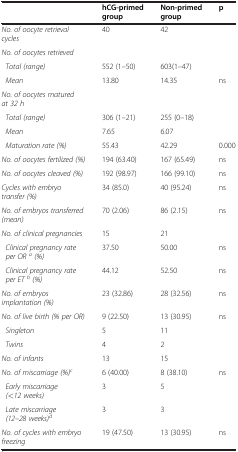
|  | hCG-primed group | Non-primed group | p |
 | --- | --- | --- | --- |
 | No. of oocyte retrieval cycles | 40 | 42 |  |
 | No. of oocytes retrieved |  |  |  |
 | Total (range) | 552 (1–50) | 603(1–47) |  |
 | Mean | 13.80 | 14.35 | ns |
 | No. of oocytes matured at 32 h |  |  |  |
 | Total (range) | 306 (1–21) | 255 (0–18) |  |
 | Mean | 7.65 | 6.07 |  |
 | Maturation rate (%) | 55.43 | 42.29 | 0.000 |
 | No. of oocytes fertilized (%) | 194 (63.40) | 167 (65.49) | ns |
 | No. of oocytes cleaved (%) | 192 (98.97) | 166 (99.10) | ns |
 | Cycles with embryo transfer (%) | 34 (85.0) | 40 (95.24) | ns |
 | No. of embryos transferred (mean) | 70 (2.06) | 86 (2.15) | ns |
 | No. of clinical pregnancies | 15 | 21 |  |
 | Clinical pregnancy rate per ORa(%) | 37.50 | 50.00 | ns |
 | Clinical pregnancy rate per ETb(%) | 44.12 | 52.50 | ns |
 | No. of embryos implantation (%) | 23 (32.86) | 28 (32.56) | ns |
 | No. of live birth (% per OR) | 9 (22.50) | 13 (30.95) | ns |
 | Singleton | 5 | 11 |  |
 | Twins | 4 | 2 |  |
 | No. of infants | 13 | 15 |  |
 | No. of miscarriage (%)c | 6 (40.00) | 8 (38.10) | ns |
 | Early miscarriage (<12 weeks) | 3 | 5 |  |
 | Late miscarriage (12–28 weeks)d | 3 | 3 |  |
 | No. of cycles with embryo freezing | 19 (47.50) | 13 (30.95) | ns |